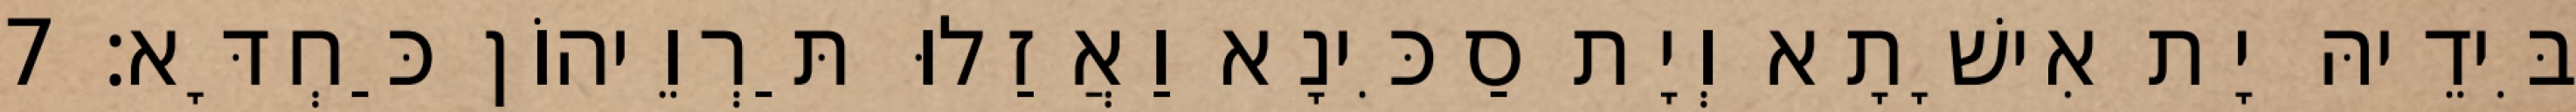
בִּידֵיהּ יָת אִישָׁתָא וְיָת סַכִּינָא וַאֲזַלוּ תַּרְוֵיהוֹן כַּחְדָּא׃ 7